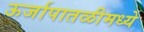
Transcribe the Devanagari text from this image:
ऊर्जापातळीमध्ये